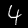
Digit: 4